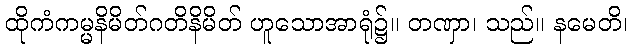
ထိုကံကမ္မနိမိတ်ဂတိနိမိတ် ဟူသောအာရုံ၌။ တဏှာ၊ သည်။ နမေတိ၊